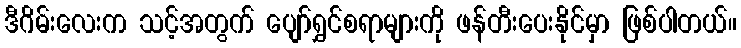
ဒီဂိမ်းလေးက သင့်အတွက် ပျော်ရွှင်စရာများကို ဖန်တီးပေးနိုင်မှာ ဖြစ်ပါတယ်။